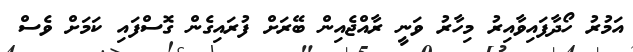
އަމުރު ހޯދާފައިވާއިރު މިހާރު ވަނީ ރާއްޖެއިން ބޭރަށް ފުރައިގެން ގޮސްފައި ކަމަށް ވެސް